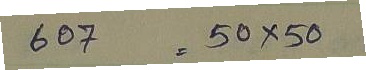
607 = 50 x 50